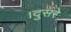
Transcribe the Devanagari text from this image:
।दुसरे